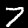
Digit: 7